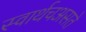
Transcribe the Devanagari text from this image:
स्वार्थचअसते